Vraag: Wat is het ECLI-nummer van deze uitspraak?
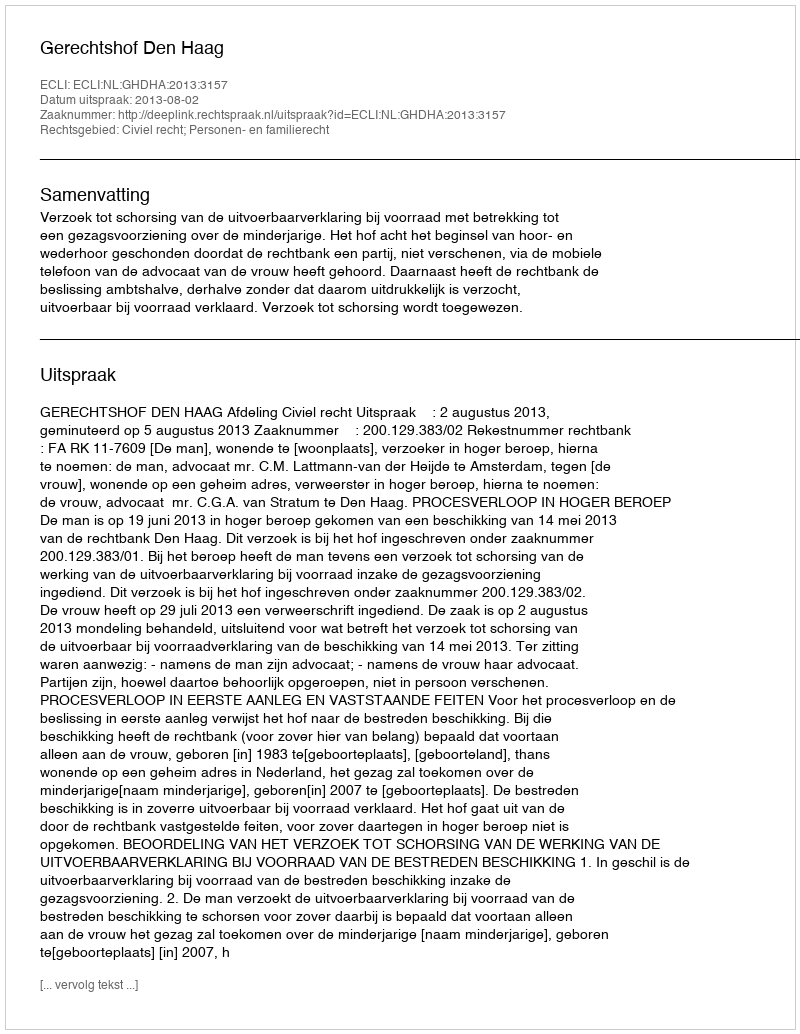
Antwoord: ECLI:NL:GHDHA:2013:3157